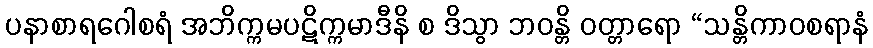
ပနာစာရဂေါစရံ အဘိက္ကမပဋိက္ကမာဒီနိ စ ဒိသွာ ဘဝန္တိ ဝတ္တာရော “သန္တိကာဝစရာနံ